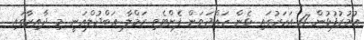
ޢުމުރުފުޅުން 17 އަހަރުގައި ޅެން ހައްދަވަން ފެށްޓެވި ރަމްލާ ޢަބްދުލްޣަނީ މި ދާއިރާގައި